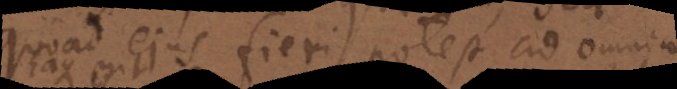
quoad ejus fieri potest ad omnia